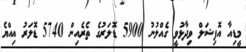
މީޑިއާ އޮފިޝަލް ވިދާޅުވީ ގެއްލުނު 5900 ޑޮލަރުގެ ތެރެއިން 5740 ޑޮލަރު އިއްޔެ